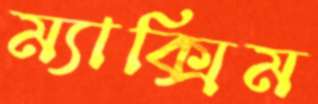
ম্যাক্সিম